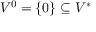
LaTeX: V ^ { 0 } = \{ 0 \} \subseteq V ^ { * }